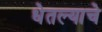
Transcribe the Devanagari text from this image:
धेतल्याचे